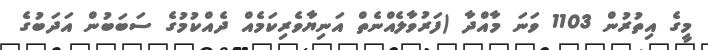
މީގެ އިތުރުން 1103 ވަނަ މާއްދާ (ފަރުވާލެއްނެތް އަނިޔާވެރިކަމެއް ދެއްކުމުގެ ސަބަބުން އަދަބުގެ